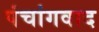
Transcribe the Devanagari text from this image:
पंचांगवाद